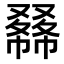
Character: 𠮇